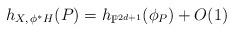
LaTeX: \begin{align*}{}h_{X,\,\phi^* H}(P)=h_{\mathbb{P}^{2d+1}}(\phi_P)+O(1)\end{align*}